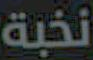
نخبة